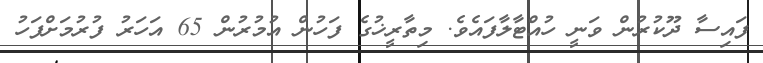
ފައިސާ ދޫކުރުން ވަނީ ހުއްޓާލާފައެވެ. މިތާރީޚުގެ ފަހުން އުމުރުން 65 އަހަރު ފުރުމަށްފަހު